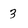
Character: 3